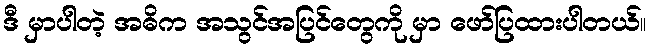
ဒီ မှာပါတဲ့ အဓိက အသွင်အပြင်တွေကို မှာ ဖော်ပြထားပါတယ်။